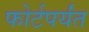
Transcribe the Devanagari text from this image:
फोर्टपर्यंत